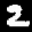
Label: 2